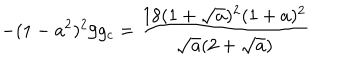
LaTeX: - ( 1 - a ^ { 2 } ) ^ { 2 } / g _ { c } = { \frac { 1 8 ( 1 + { \sqrt { a } } ) ^ { 2 } ( 1 + a ) ^ { 2 } } { { \sqrt { a } } ( 2 + { \sqrt { a } } ) } }